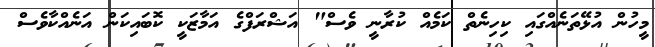
މީހުން އުޅޭތަނެއްގައި ކިހިނެތް ކަމެއް ކުރާނީ ވެސް" އަޝްރަފްގެ އަމާޒަކީ ކޮބައިކަން އަނެއްކާވެސް